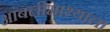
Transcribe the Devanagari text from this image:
आंबलीमाथ्याला